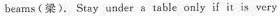
beanus (梁). Stay under a table only if it is very